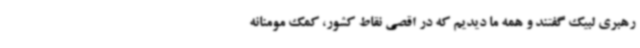
رهبری لبیک گفتند و همه ما دیدیم که در اقصی نقاط کشور، کمک مومنانه